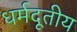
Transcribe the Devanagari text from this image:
धर्मदूतीय